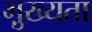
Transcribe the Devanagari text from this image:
मु़ख्यता